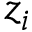
z _ { i }